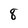
Character: 8